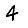
Digit: 4